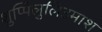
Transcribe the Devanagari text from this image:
शुप्पिलुलिउमाश